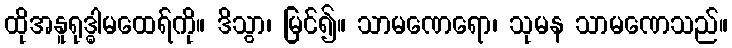
ထိုအနူရုဒ္ဓါမထေရ်ကို။ ဒိသွာ၊ မြင်၍။ သာမဏေရော၊ သုမန သာမဏေသည်။